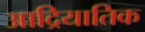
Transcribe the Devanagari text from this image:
आद्रियातिक